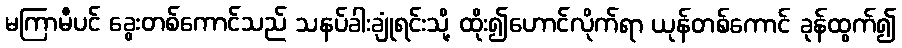
မကြာမီပင် ခွေးတစ်ကောင်သည် သနပ်ခါးချုံရင်းသို့ ထိုး၍ဟောင်လိုက်ရာ ယုန်တစ်ကောင် ခုန်ထွက်၍